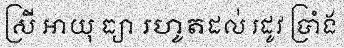
ស្រី អាយុ ធ្យា រហូតដល់ រដូវ ប្រាំង